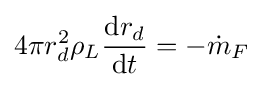
4\pi r_{d}^{2}\rho _{L}{\frac {\mathrm {d} r_{d}}{\mathrm {d} t}}=-{\dot {m}}_{F}